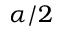
\alpha / 2